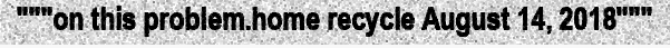
"""on this problem.home recycle August 14, 2018"""